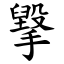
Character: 㩓